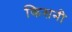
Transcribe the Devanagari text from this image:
किसनी